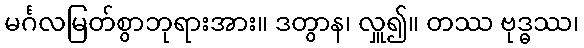
မင်္ဂလမြတ်စွာဘုရားအား။ ဒတွာန၊ လှူ၍။ တဿ ဗုဒ္ဓဿ၊